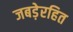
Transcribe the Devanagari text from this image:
जबड़ेरहित